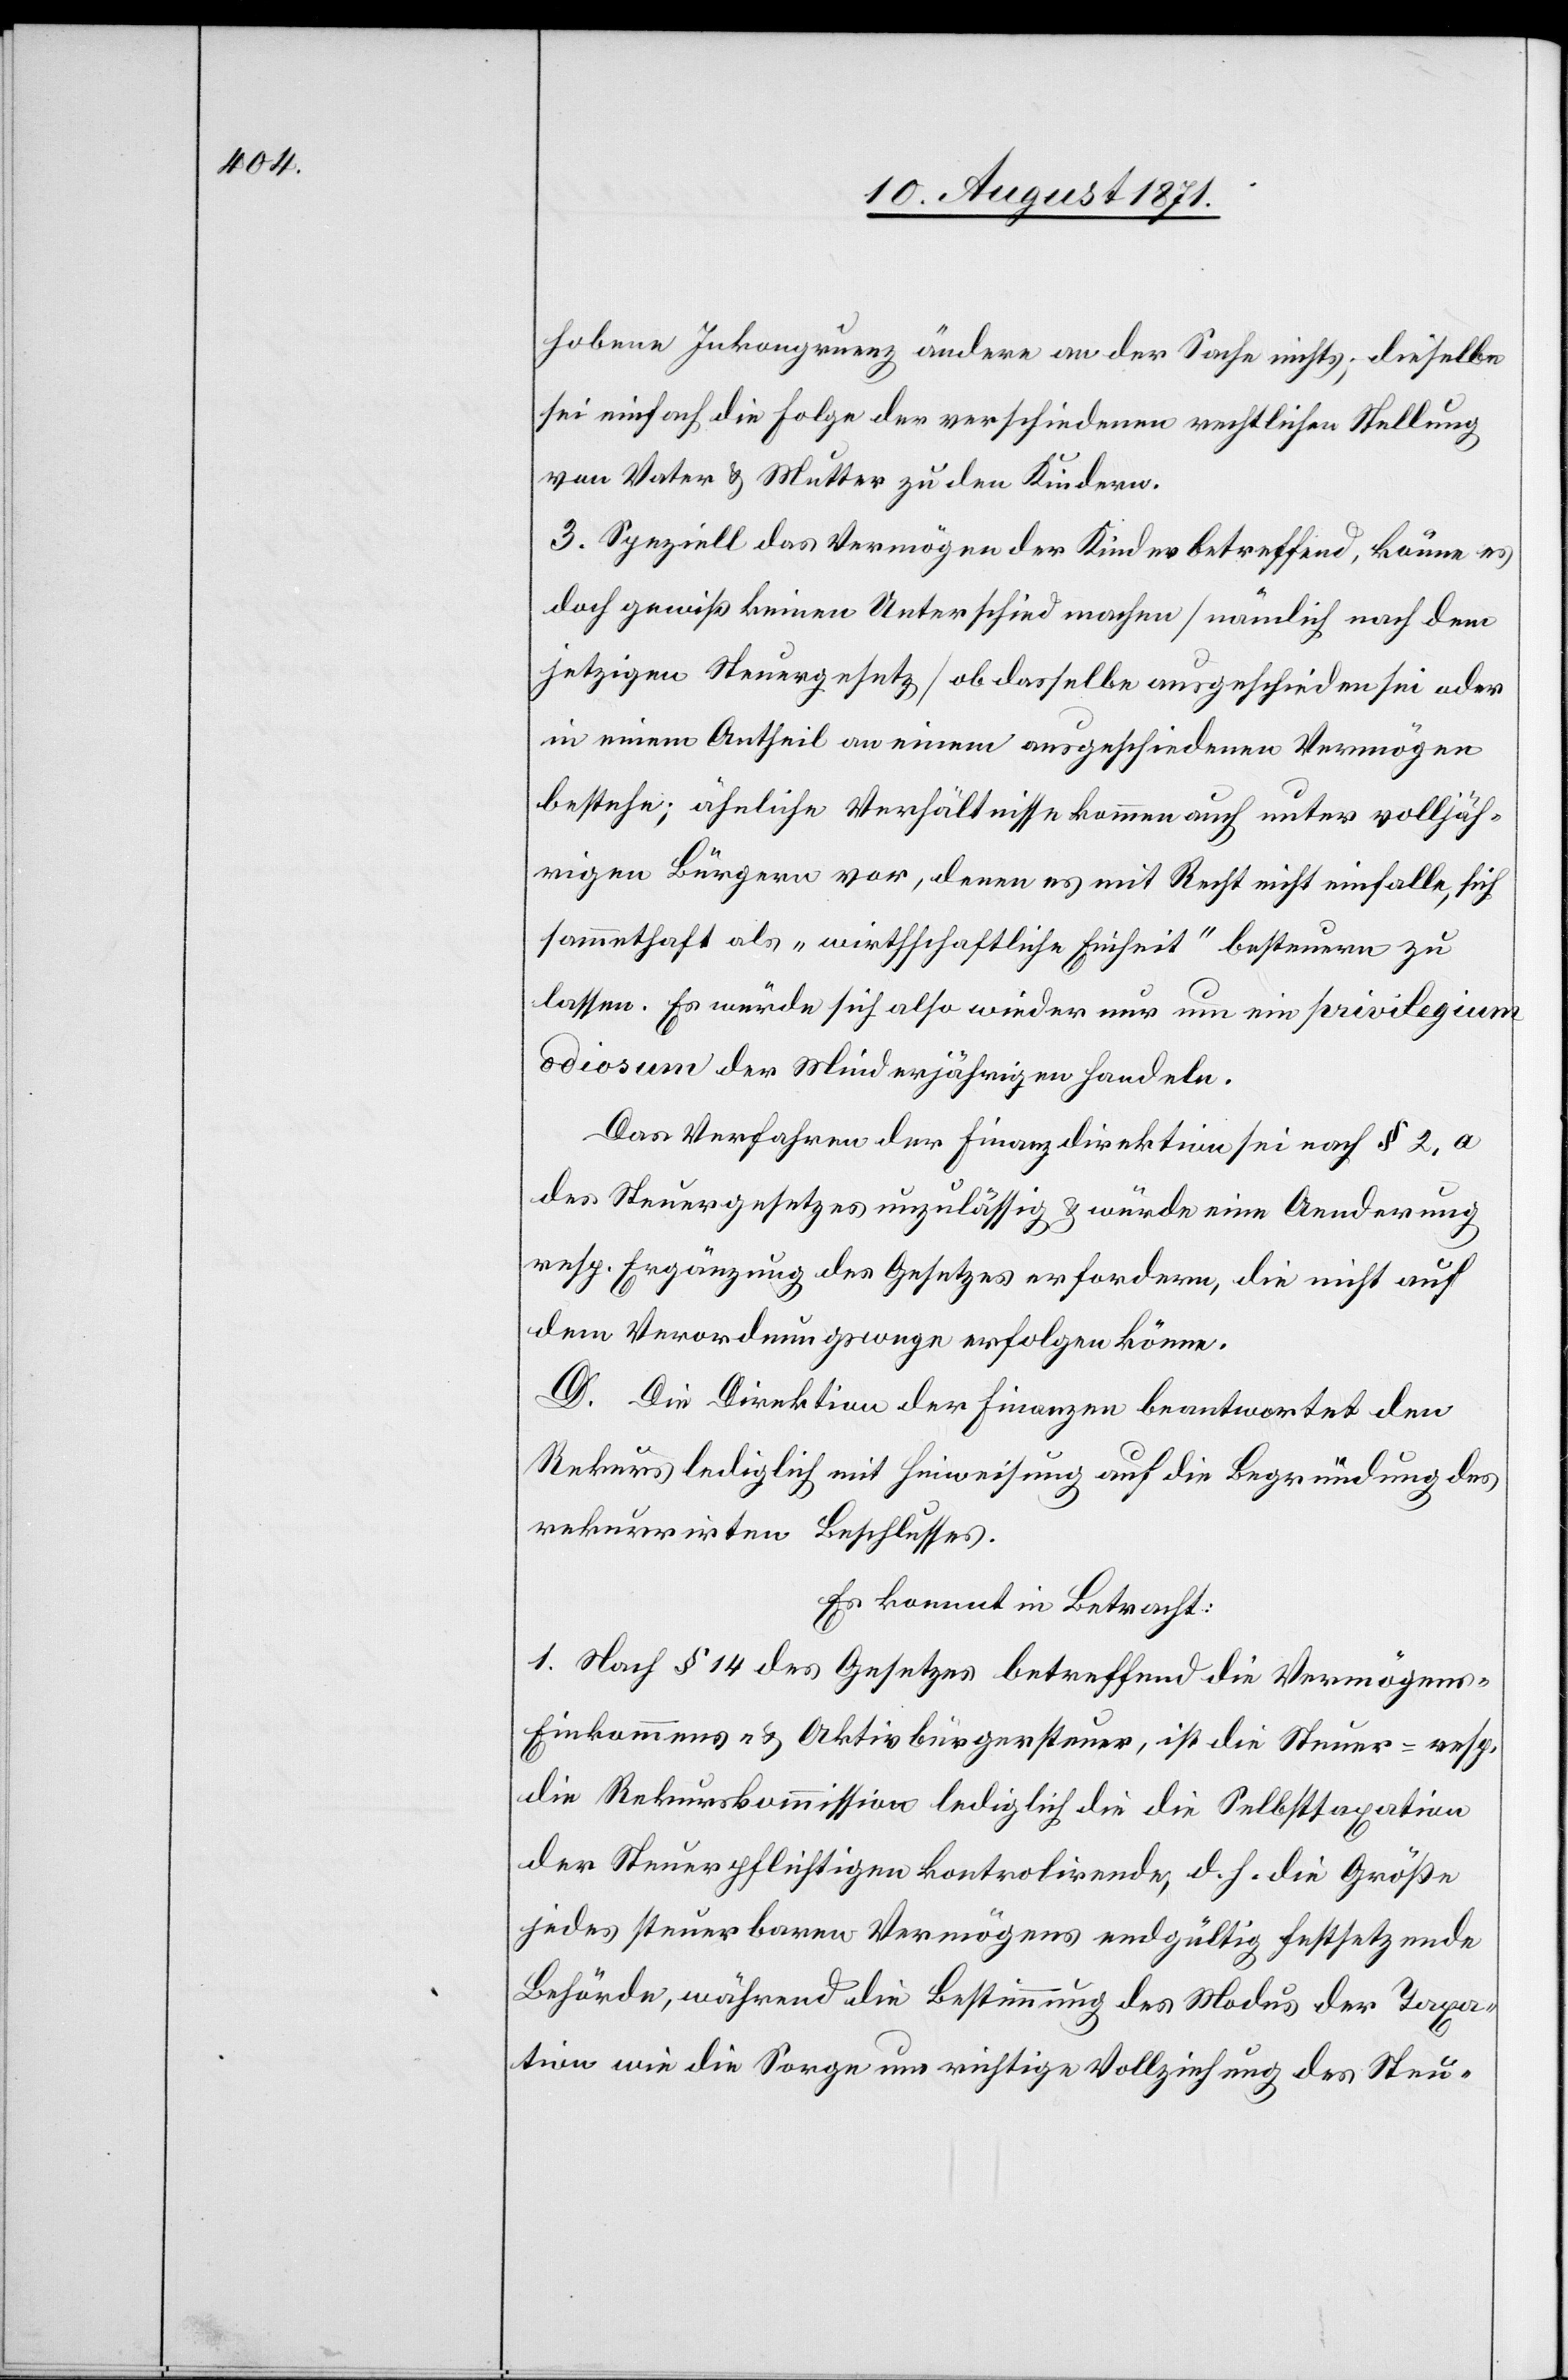
hobene Inkongruenz ändere an der Sache nichts; derselbe
sei einfach die Folge der verschiedenen rechtlichen Stellung
von Vater & Mutter zu den Kindern.
3. Speziell das Vermögen der Kinder betreffend, könne es
doch gewiß keinen Unterschied machen [nämlich nach dem
jetzigen Steuergesetz] ob derselbe ausgeschieden sei oder
in einem Antheil an einem ausgeschiedenen Vermögen
bestehe; ähnliche Verhältnisse kommen auch unter volljäh¬
rigen Bürgern vor, denen es mit Recht nicht einfalle, sich
sammethaft als „wirthschaftliche Einheit“ besteuern zu
lassen. Es würde sich also wieder nur um ein privilegium
odiosum der Minderjährigen handeln.
Das Verfahren der Finanzdirektion sei nach § 2. a
des Steuergesetzes unzulässig & würde eine Aenderung
resp. Ergänzung des Gesetzes erfordern, die nicht auf
dem Verordnungswege erfolgen könne.
D. Die Direktion der Finanzen beantwortet den
Rekurs lediglich mit Hinweisung auf die Begründung des
rekurrirten Beschlusses.
Es kommt in Betracht:
1. Nach § 14 des Gesetzes betreffend die Vermögens-
Einkommens- & Aktivbürgersteuer, ist die Steuer- resp.
die Rekurskommission lediglich die die Selbsttaxation
der Steuerpflichtigen kontrolirende, d. h. die Grösse
jedes steuerbaren Vermögens endgültig bestehende
Behörde, während die Bestimmung des Modus der Taxa¬
tion wie die Sorge um richtige Vollziehung des Steu-